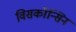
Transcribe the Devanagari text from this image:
विसकॉन्सिन